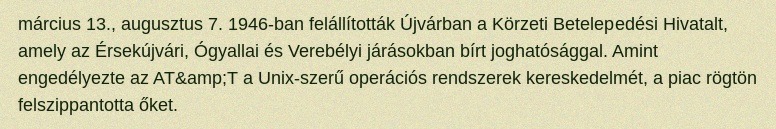
március 13., augusztus 7. 1946-ban felállították Újvárban a Körzeti Betelepedési Hivatalt, amely az Érsekújvári, Ógyallai és Verebélyi járásokban bírt joghatósággal. Amint engedélyezte az AT&amp;T a Unix-szerű operációs rendszerek kereskedelmét, a piac rögtön felszippantotta őket.